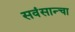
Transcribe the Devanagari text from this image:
सवंसान्चा